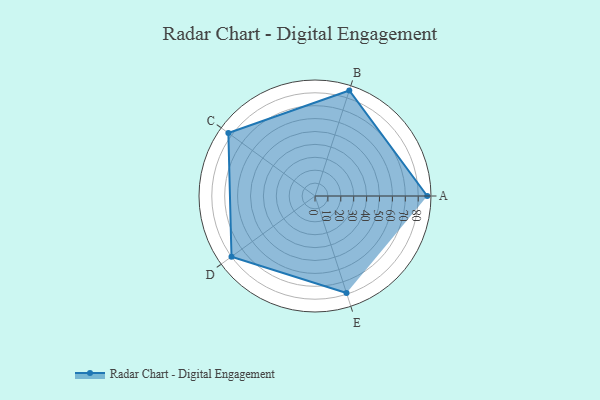
{"axis": {"x": "Skill", "y": "Score"}, "legend": ["Profile"], "data": [{"x": "A", "y": 87.0, "type": "Profile"}, {"x": "B", "y": 86.0, "type": "Profile"}, {"x": "C", "y": 83.0, "type": "Profile"}, {"x": "D", "y": 80.0, "type": "Profile"}, {"x": "E", "y": 79.0, "type": "Profile"}]}